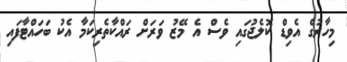
މިހާރުގެ އެވިޑް ކޮލެޖުގައި ވެސް އެ މޭޒު ވަރަށް ރައްކާތެރިކަމާ އެކު ބަހައްޓާފައި